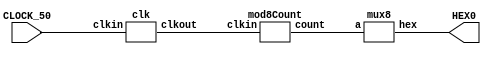
module Mod8Counter(CLOCK_50, HEX0);
	input CLOCK_50;
	output [6:0] HEX0;
	
	wire nclk;
	wire [2:0]count;
	//reg count = 3'd0;

	clk c(CLOCK_50, nclk);
	mod8Count m(nclk,count);
	mux8 m1(count, HEX0);
endmodule

module mod8Count(clkin, count);
	input clkin;
	output reg [2:0] count;
	
	always @ (posedge clkin) begin
		if (count == 7) begin
			count = 3'b000;
		end
		
		else count = count + 1;
	end
endmodule

module mux8(a,hex);
	input [2:0]a;
	output reg [6:0]hex;
	
	always @ (a) begin
		case (a)
			3'd0: hex = 7'b1000000;
			3'd1: hex = 7'b1111001;
			3'd2: hex = 7'b0100100;
			3'd3: hex = 7'b0110000;
			3'd4: hex = 7'b0011001;
			3'd5: hex = 7'b0010010;
			3'd6: hex = 7'b0000010;
			3'd7: hex = 7'b1111000;
			default hex = 7'b1000000;
		endcase
	end
endmodule

module clk(clkin,clkout);
	input clkin;
	output reg clkout;
	reg [26:0] count;

	always @ (posedge clkin) begin
		if (count==25000000) begin
			clkout = ~clkout;
			count = 0;
		end
		else count = count +1;
	end
endmodule